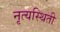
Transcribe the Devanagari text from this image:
नृत्यस्थिती